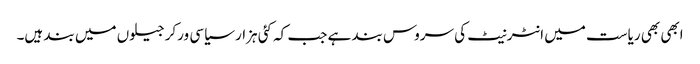
ابھی بھی ریاست میں انٹرنیٹ کی سروس بند ہے جب کہ کئی ہزار سیاسی ورکر جیلوں میں بند ہیں۔